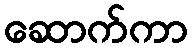
ဆောက်ကာ